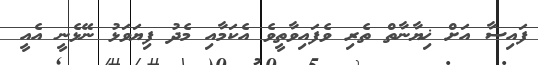
ފައިސާ އަށް ޚިޔާނާތް ތެރި ވެފައިވާތީވެ އެކަމާއި މެދު ފިޔަވަޅު ނޭޅެނީ އެއީ